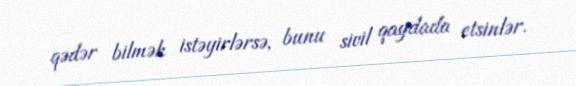
qədər bilmək istəyirlərsə, bunu sivil qaydada etsinlər.